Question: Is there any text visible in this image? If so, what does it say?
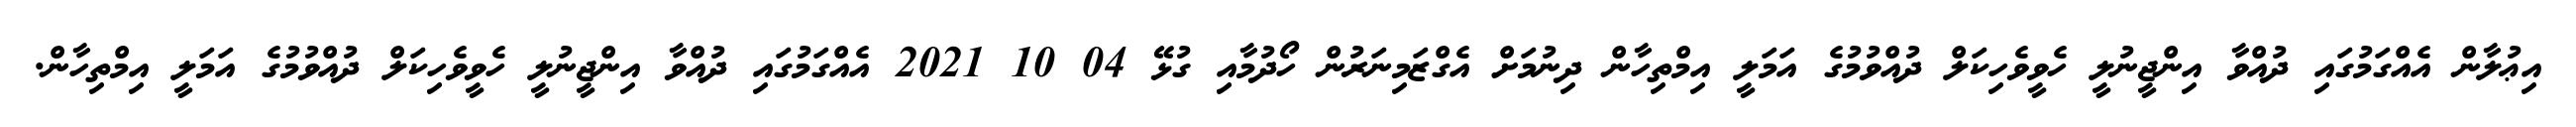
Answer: އިޢުލާން އެއްގަމުގައި ދުއްވާ އިންޖީނުލީ ހެވީވެހިކަލް ދުއްވުމުގެ އަމަލީ އިމްތިހާން ދިނުމަށް އެގްޒަމިނަރުން ހޯދުމާއި ގުޅޭ 04 10 2021 އެއްގަމުގައި ދުއްވާ އިންޖީނުލީ ހެވީވެހިކަލް ދުއްވުމުގެ އަމަލީ އިމްތިހާން.